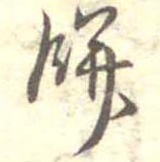
餅